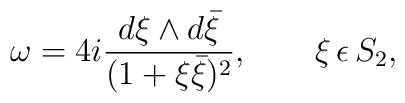
\omega=4i \frac{d\xi \wedge d\bar{\xi}}{(1+\xi\bar\xi)^{2}}, \qquad \xi \, \epsilon \, S_{2},